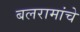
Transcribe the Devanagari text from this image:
बलरामांचे